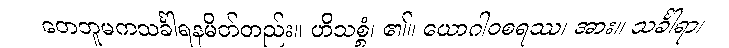
တေဘူမကသင်္ခါရနမိတ်တည်း။ ဟိသစ္စံ၊ ၏။ ယောဂါဝစရဿ၊ အား။ သင်္ခါရာ၊